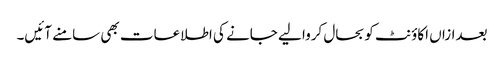
بعدازاں اکاؤنٹ کو بحال کروا لیے جانے کی اطلاعات بھی سامنے آئیں۔